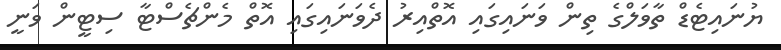
ޔުނައިޓެޑް ތާވަލްގެ ތިން ވަަނައިގައި އޮތްއިރު ދެވަނައިގައި އޮތް މެންޗެސްޓާ ސިޓީން ވަނީ